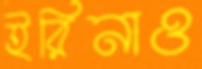
ইরিনাও